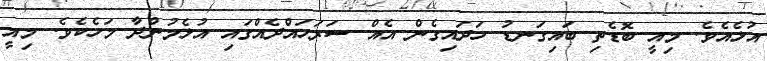
އުޅެއެވެ. މިއީ ބޮޑެތި ބައިގަނޑު ހަދައިގެން އެއް ސަރަހައްދެއްގައި އުޅެމުންދާ މަހެކެވެ. މިއީ